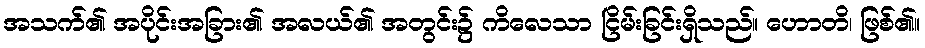
အသက်၏ အပိုင်းအခြား၏ အလယ်၏ အတွင်း၌ ကိလေသာ ငြိမ်းခြင်းရှိသည်။ ဟောတိ၊ ဖြစ်၏။